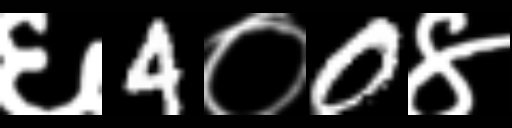
Text: ६4०0४